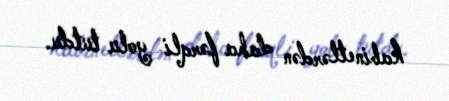
kabinetlərdən daha fərqli yolu tutdu.